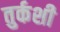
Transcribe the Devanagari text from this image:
तुर्कशी